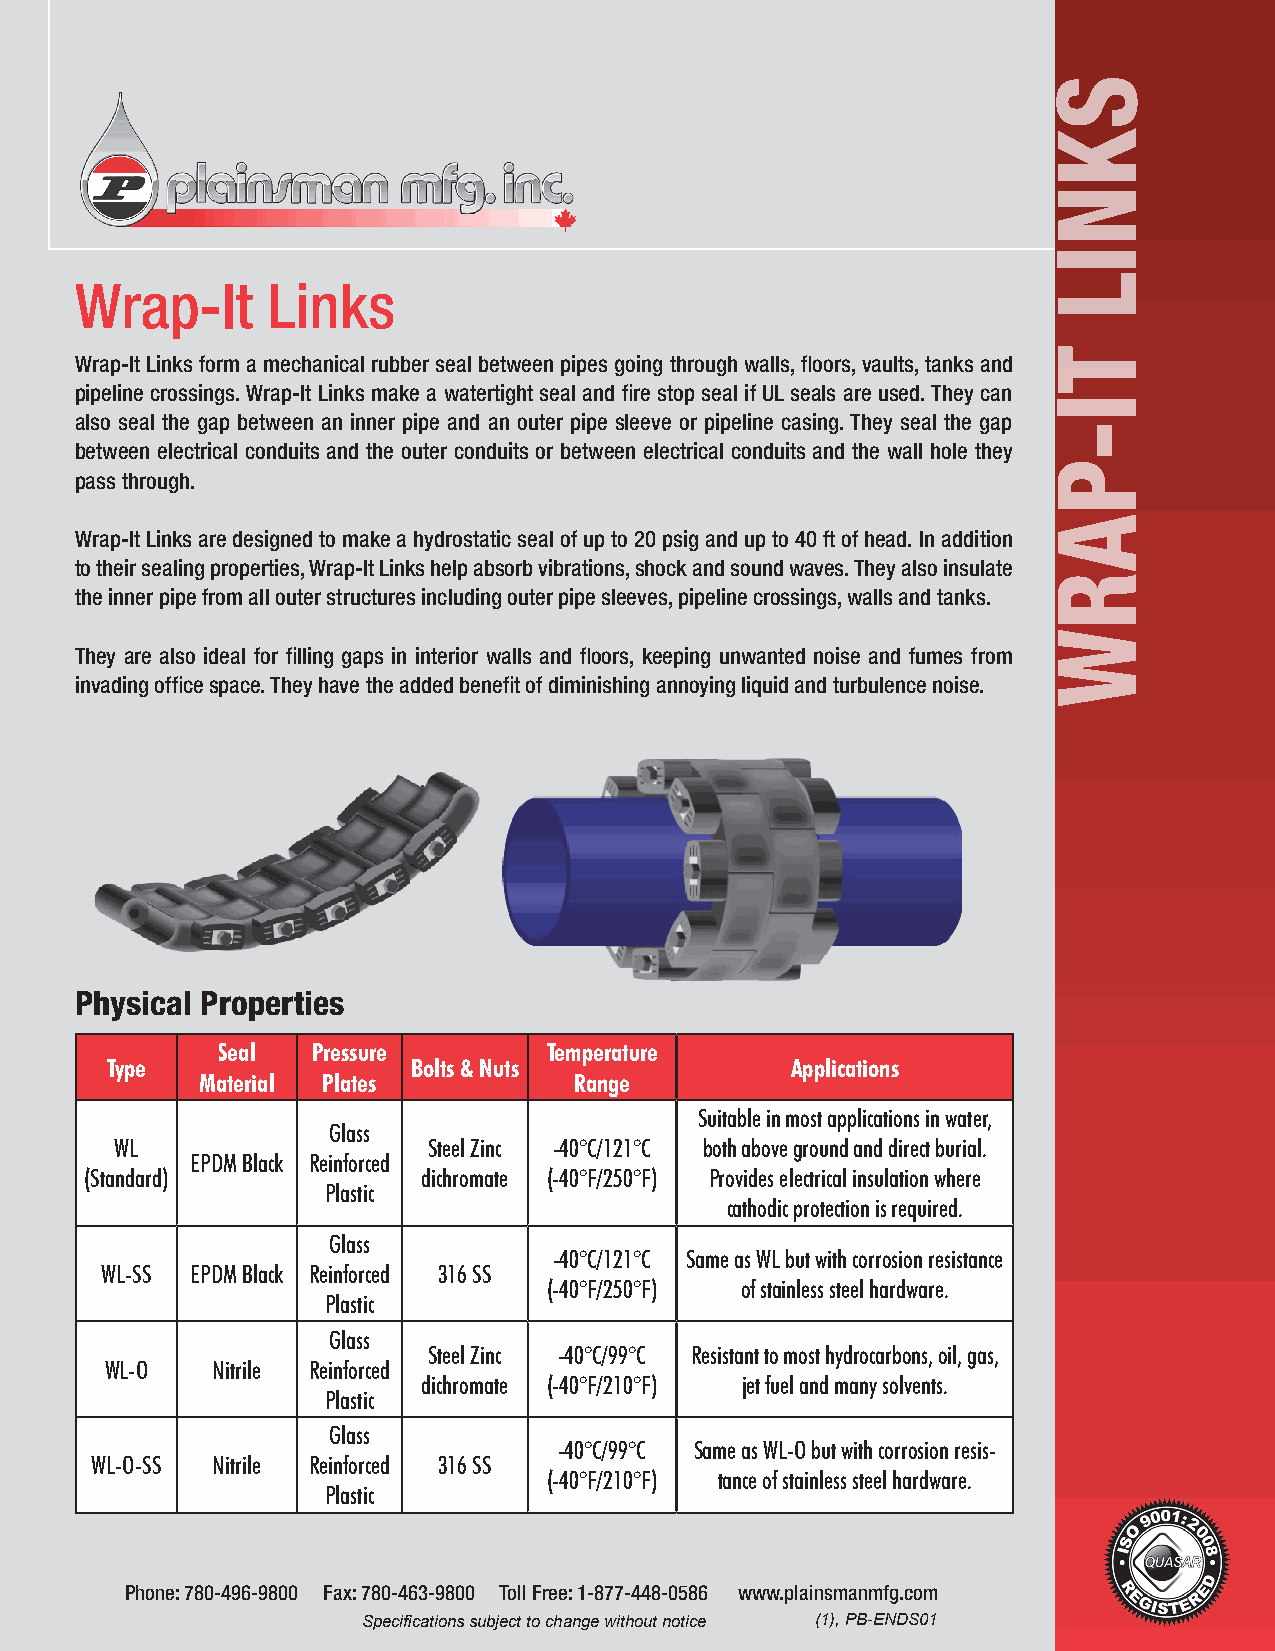
Wrap-It      Links
 Wrap-It Links form a mechanical rubber seal between pipes going through walls, floors, vaults, tanks and
 pipeline crossings. Wrap-It Links make a watertight seal and fire stop seal if UL seals are used. They can
 also seal the gap between an inner pipe and an outer pipe sleeve or pipeline casing. They seal the gap
 between electrical conduits and the outer conduits or between electrical conduits and the wall hole they
 pass through.
 Wrap-It Links are designed to make a hydrostatic seal of up to 20 psig and up to 40 ft of head. In addition
 to their sealing properties, Wrap-It Links help absorb vibrations, shock and sound waves. They also insulate
 the inner pipe from all outer structures including outer pipe sleeves, pipeline crossings, walls and tanks.
 They are also ideal for filling gaps in interior walls and floors, keeping unwanted noise and fumes from
 invading office space. They have the added benefit of diminishing annoying liquid and turbulence noise.
 Physical Properties
 Seal   Pressure       Temperature
 Type                Bolts & Nuts             Applications
 Material Plates          Range
 Suitable in most applications in water,
 Glass
 WL                  Steel Zinc -40°C/121°C both above ground and direct burial.
 EPDM Black Reinforced
 (Standard)            dichromate (-40°F/250°F) Provides electrical insulation where
 Plastic
 cathodic protection is required.
 Glass
 -40°C/121°C Same as WL but with corrosion resistance
 WL-SS EPDM Black Reinforced 316 SS
 (-40°F/250°F) of stainless steel hardware.
 Plastic
 Glass
 Steel Zinc -40°C/99°C Resistant to most hydrocarbons, oil, gas,
 WL-O   Nitrile Reinforced
 dichromate (-40°F/210°F) jet fuel and many solvents.
 Plastic
 Glass
 -40°C/99°C Same as WL-O but with corrosion resis-
 WL-O-SS Nitrile Reinforced 316 SS
 (-40°F/210°F) tance of stainless steel hardware.
 Plastic
 Phone: 780-496-9800 Fax: 780-463-9800 Toll Free: 1-877-448-0586 www.plainsmanmfg.com
 Specifications subject to change without notice (1), PB-ENDS01
 SKNIL
 TI-PARW